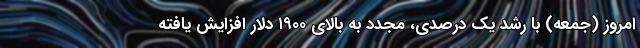
امروز (جمعه) با رشد یک درصدی، مجدد به بالای ۱۹۰۰ دلار افزایش یافته